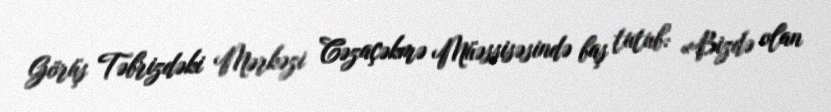
Görüş Təbrizdəki Mərkəzi Cəzaçəkmə Müəssisəsində baş tutub: «Bizdə olan